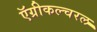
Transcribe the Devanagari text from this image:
ऍग्रीकल्चरल